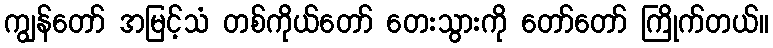
ကျွန်တော် အမြင့်သံ တစ်ကိုယ်တော် တေးသွားကို တော်တော် ကြိုက်တယ်။